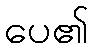
ပေ၏